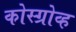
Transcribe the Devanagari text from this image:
कोस्ग्रोव्ह